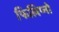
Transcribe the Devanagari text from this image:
फिलिप्नो